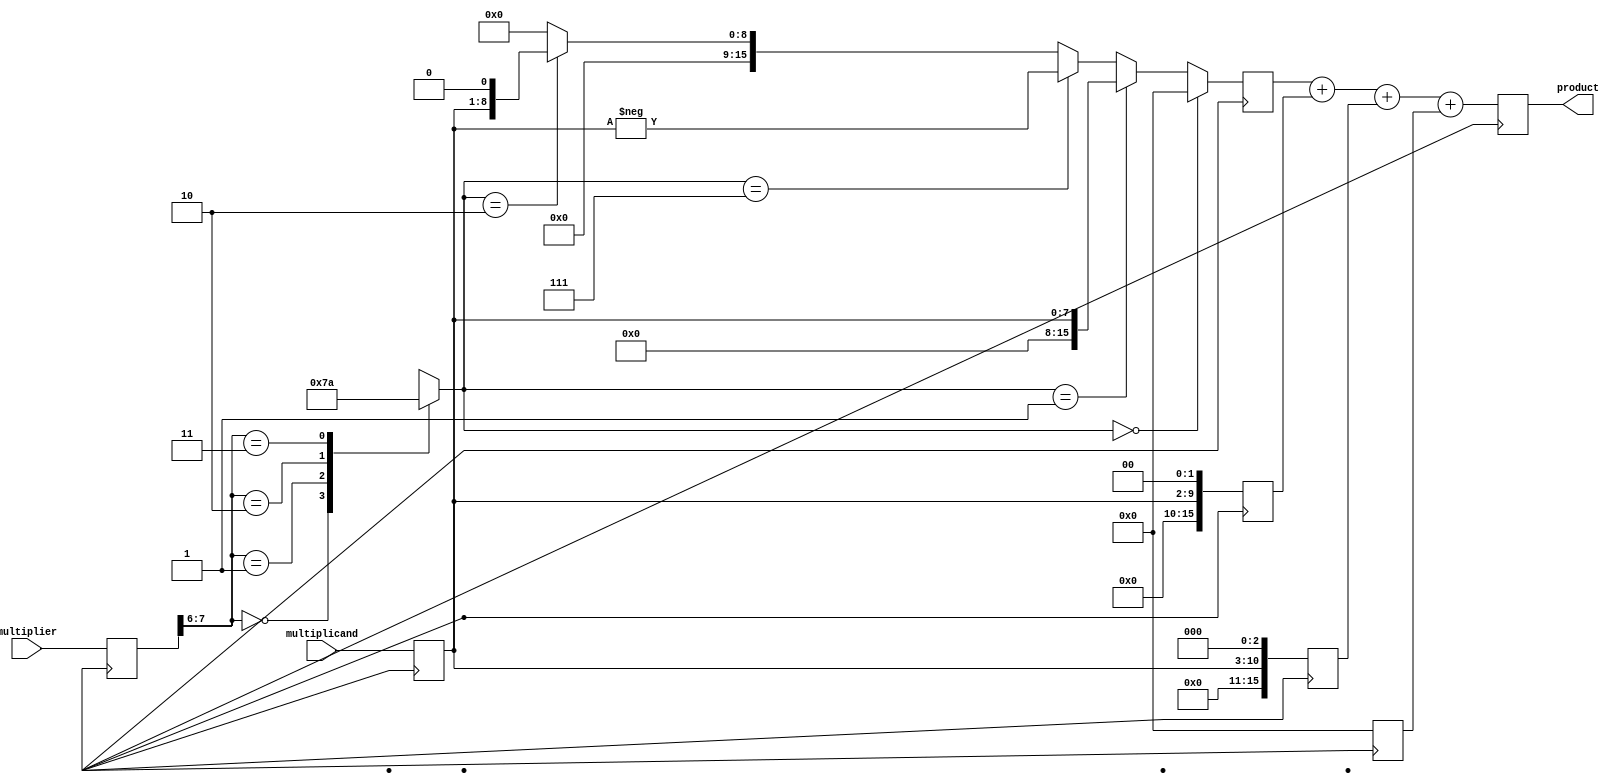
module Radix4_Multiplier (
    input wire [7:0] multiplicand,
    input wire [7:0] multiplier,
    output reg [15:0] product
);

reg [15:0] partial_products [3:0];

// Input registers for multiplicand and multiplier
reg [7:0] multiplicand_reg;
reg [7:0] multiplier_reg;

always @(posedge clk) begin
    multiplicand_reg <= multiplicand;
    multiplier_reg <= multiplier;
end

// Booth encoding logic
reg [2:0] count;
always @(*) begin
    // Booth Encoder
    case ({multiplier_reg[7], multiplier_reg[6]})
        2'b00: count = 3'b000; // No operation
        2'b01: count = 3'b001; // Add multiplicand shifted 0 positions
        2'b10: count = 3'b111; // Subtract multiplicand shifted 0 positions
        2'b11: count = 3'b010; // Subtract multiplicand shifted right
    endcase
end

// Partial product generation
reg [15:0] pp1, pp2, pp3, pp4;
always @(*) begin
    pp1 = multiplicand_reg;
    pp2 = {8'b0, multiplicand_reg} << 1;
    pp3 = {8'b0, multiplicand_reg} << 2;
    pp4 = {8'b0, multiplicand_reg} << 3;
end

// Wallace tree reduction
always @(posedge clk) begin
    partial_products[0] <= ((count == 3'b000) ? 16'b0 :
                           (count == 3'b001) ? pp1 :
                           (count == 3'b111) ? -pp1 :
                           (count == 3'b010) ? pp2 : 16'b0);
    partial_products[1] <= pp3;
    partial_products[2] <= pp4;
    partial_products[3] <= 16'b0;
    
    product <= partial_products[0] + partial_products[1] + partial_products[2] + partial_products[3];
end

endmodule